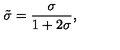
\tilde { \sigma } = { \frac { \sigma } { 1 + 2 \sigma } } ,